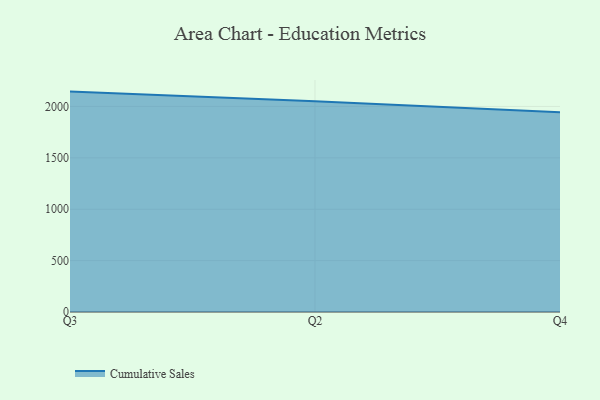
{"axis": {"x": "Quarter", "y": "LTV (USD)"}, "legend": ["Cumulative Sales"], "data": [{"x": "Q3", "y": 2144.4, "type": "Cumulative Sales"}, {"x": "Q2", "y": 2051.5, "type": "Cumulative Sales"}, {"x": "Q4", "y": 1943.4, "type": "Cumulative Sales"}]}